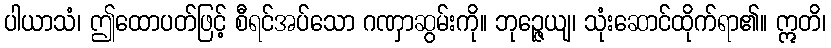
ပါယာသံ၊ ဤထောပတ်ဖြင့် စီရင်အပ်သော ဂဏှာဆွမ်းကို။ ဘုဉ္ဇေယျ၊ သုံးဆောင်ထိုက်ရာ၏။ ဣတိ၊